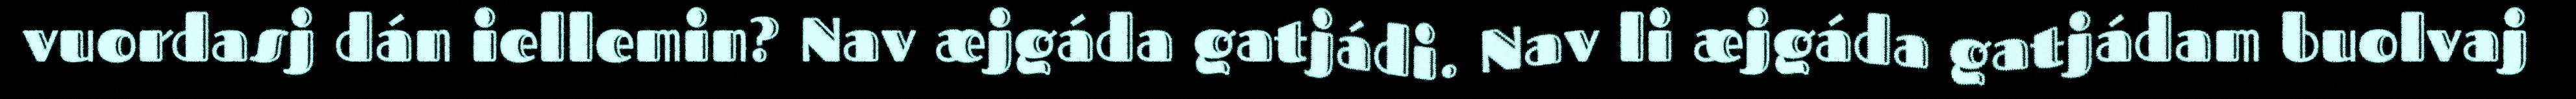
vuordasj dán iellemin? Nav æjgáda gatjádi. Nav li æjgáda gatjádam buolvaj